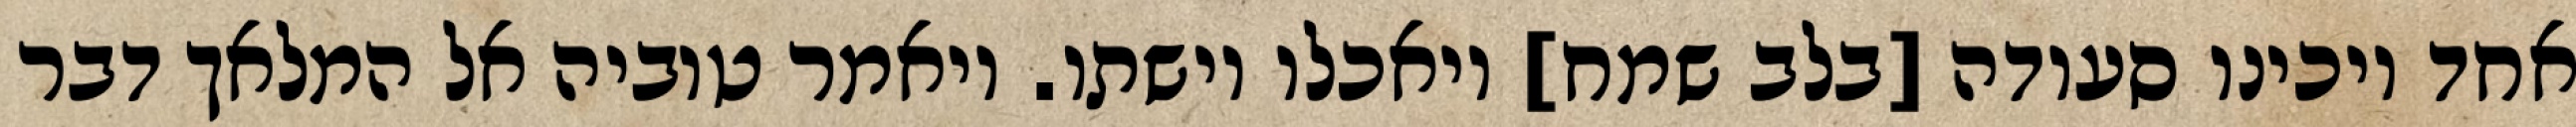
אחד ויכינו סעודה [בלב שמח] ויאכלו וישתו. ויאמר טוביה אל המלאך דבר